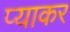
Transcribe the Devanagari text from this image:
प्याकर